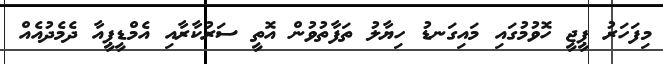
މިފަހަރު ޕީޖީ ހޮވުމުގައި މައިގަނޑު ހިޔާލު ތަފާތުވުން އޮތީ ސަރުކާރާއި އެމްޑީޕީއާ ދެމެދުއެއް